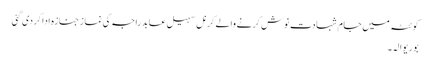
کوئٹہ میں جام شہادت نوش کرنے والے کرنل سہیل عابد راجہ کی نماز جنازہ ادا کر دی گئی
بوریوالہ۔